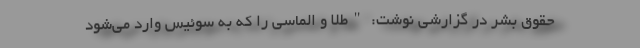
حقوق بشر در گزارشی نوشت: "طلا و الماسی را که به سوئیس وارد می‌شود